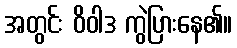
အတွင်း ဝိဝါဒ ကွဲပြားနေ၏။